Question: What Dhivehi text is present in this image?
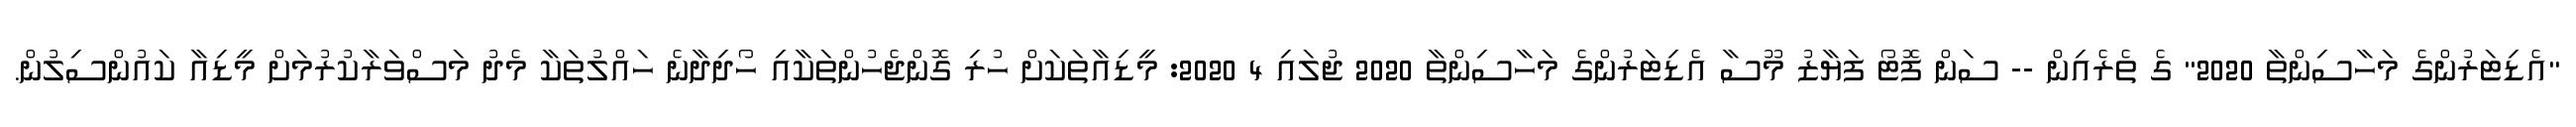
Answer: "އެޑިޓަރުންގެ މަހާސިންތާ 2020" ގެ ތެރެއިން -- ސަން ފޮޓޯ ފަޔާޒު މޫސާ އެޑިޓަރުންގެ މަހާސިންތާ 2020 ޖުލައި 4 2020: މީޑިއާތަކަށް ހުރި ގޮންޖެހުންތަކާއި ހޯދިދާނެ ހައްލުތަކާ މެދު މަސްވަރާކުރުމަށް މީޑިއާ ކައުންސިލުން.